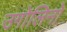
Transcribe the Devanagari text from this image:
उगोलिनो